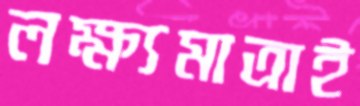
লক্ষ্যমাত্রাই